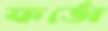
ফর্ডো